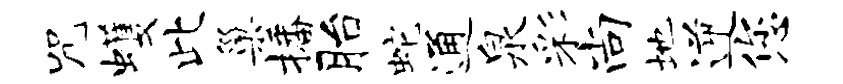
咒蠖此巢播胎蛇通泉彩尚地逆您